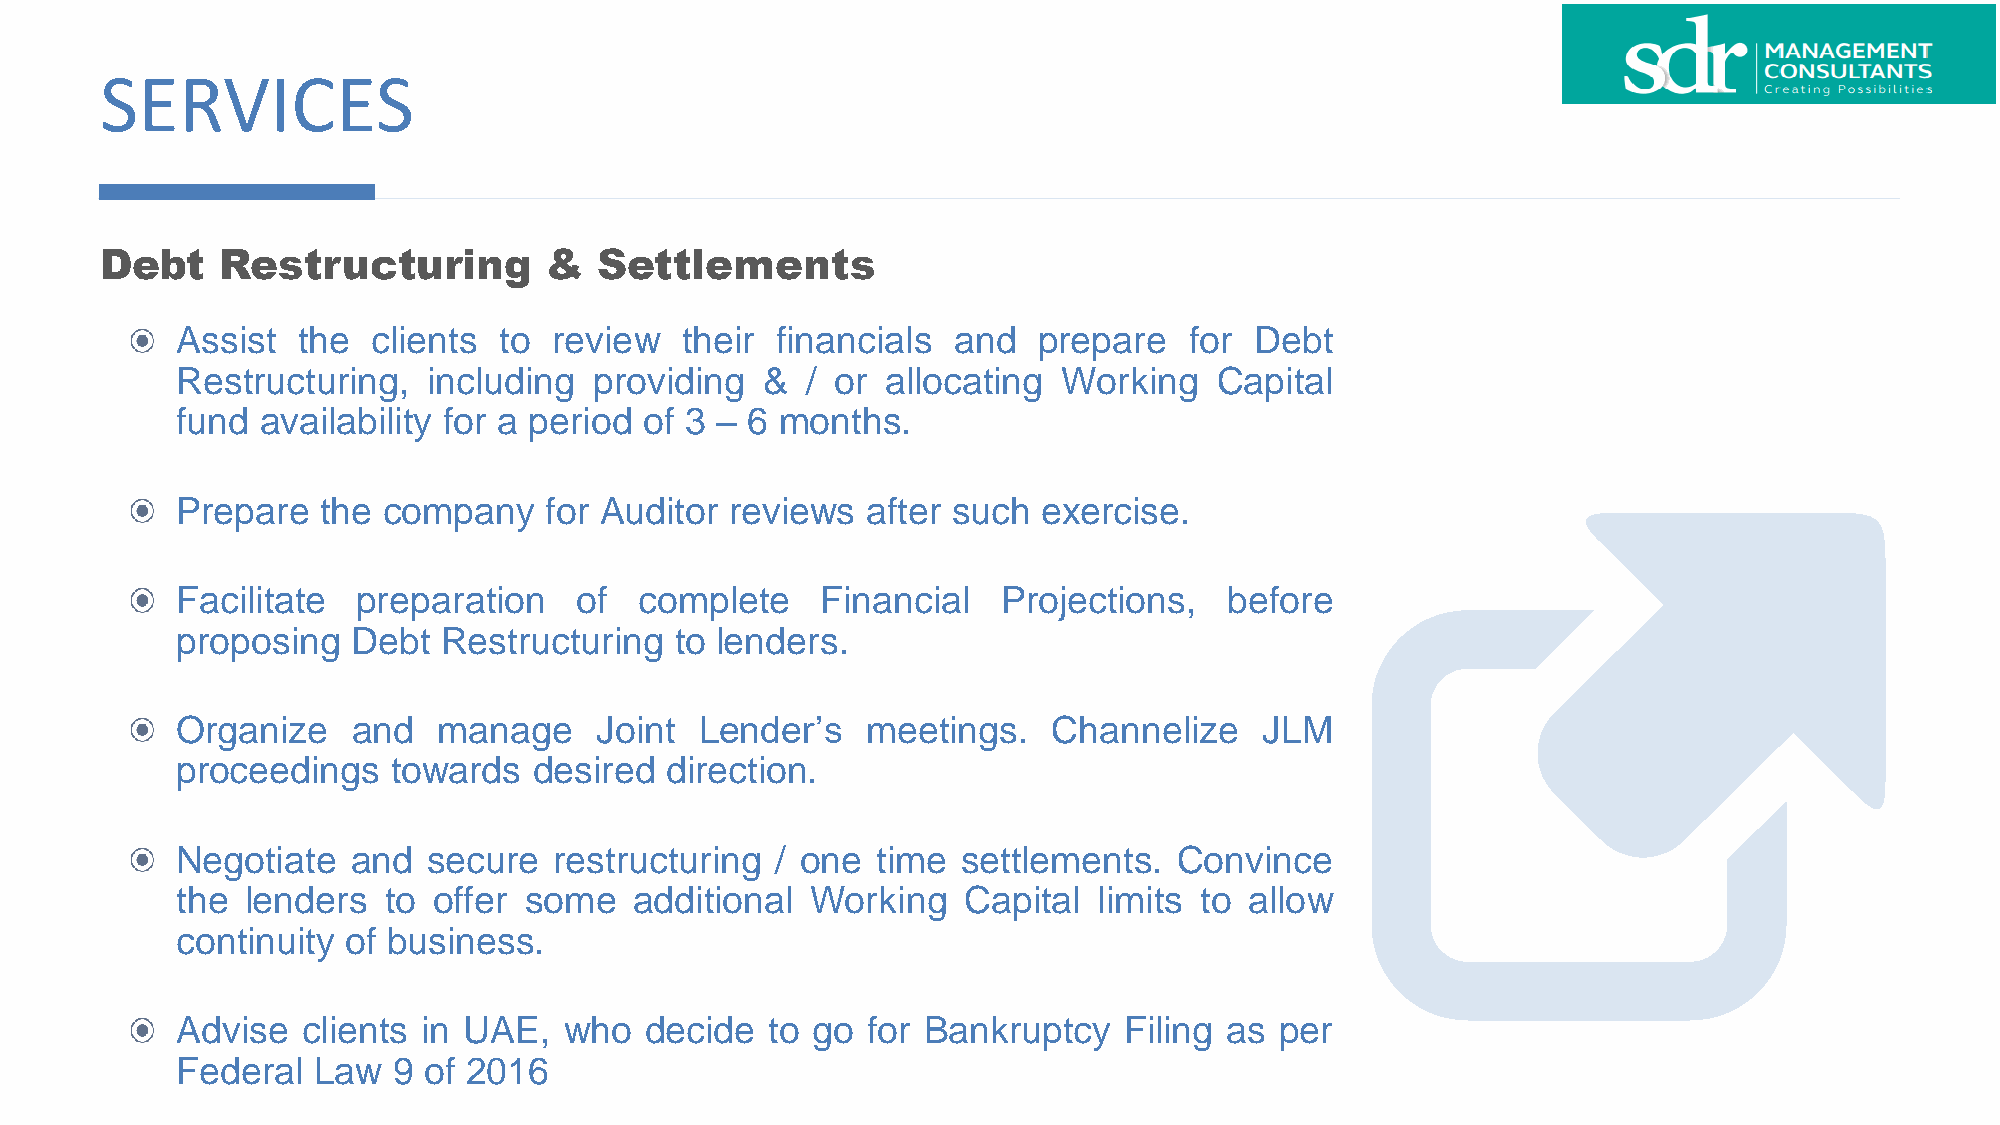
SERVICES
 Debt    Restructuring        &   Settlements
 Assist  the  clients to  review  their financials  and   prepare   for Debt
 Restructuring,  including  providing  &  / or  allocating Working    Capital
 fund availability for a period of 3 – 6 months.
 Prepare  the company    for Auditor reviews  after such  exercise.
 Facilitate  preparation   of  complete    Financial   Projections,   before
 proposing  Debt  Restructuring   to lenders.
 Organize   and   manage    Joint  Lender’s   meetings.    Channelize    JLM
 proceedings   towards  desired  direction.
 Negotiate  and  secure   restructuring / one  time  settlements.  Convince
 the lenders  to  offer some   additional  Working   Capital  limits to allow
 continuity of business.
 Advise  clients in UAE,  who   decide  to go for Bankruptcy   Filing as  per
 Federal  Law  9 of 2016